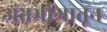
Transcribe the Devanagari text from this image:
अंतर्भागातून